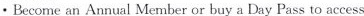
· Become an Annual Member or buy a Day Pass to access